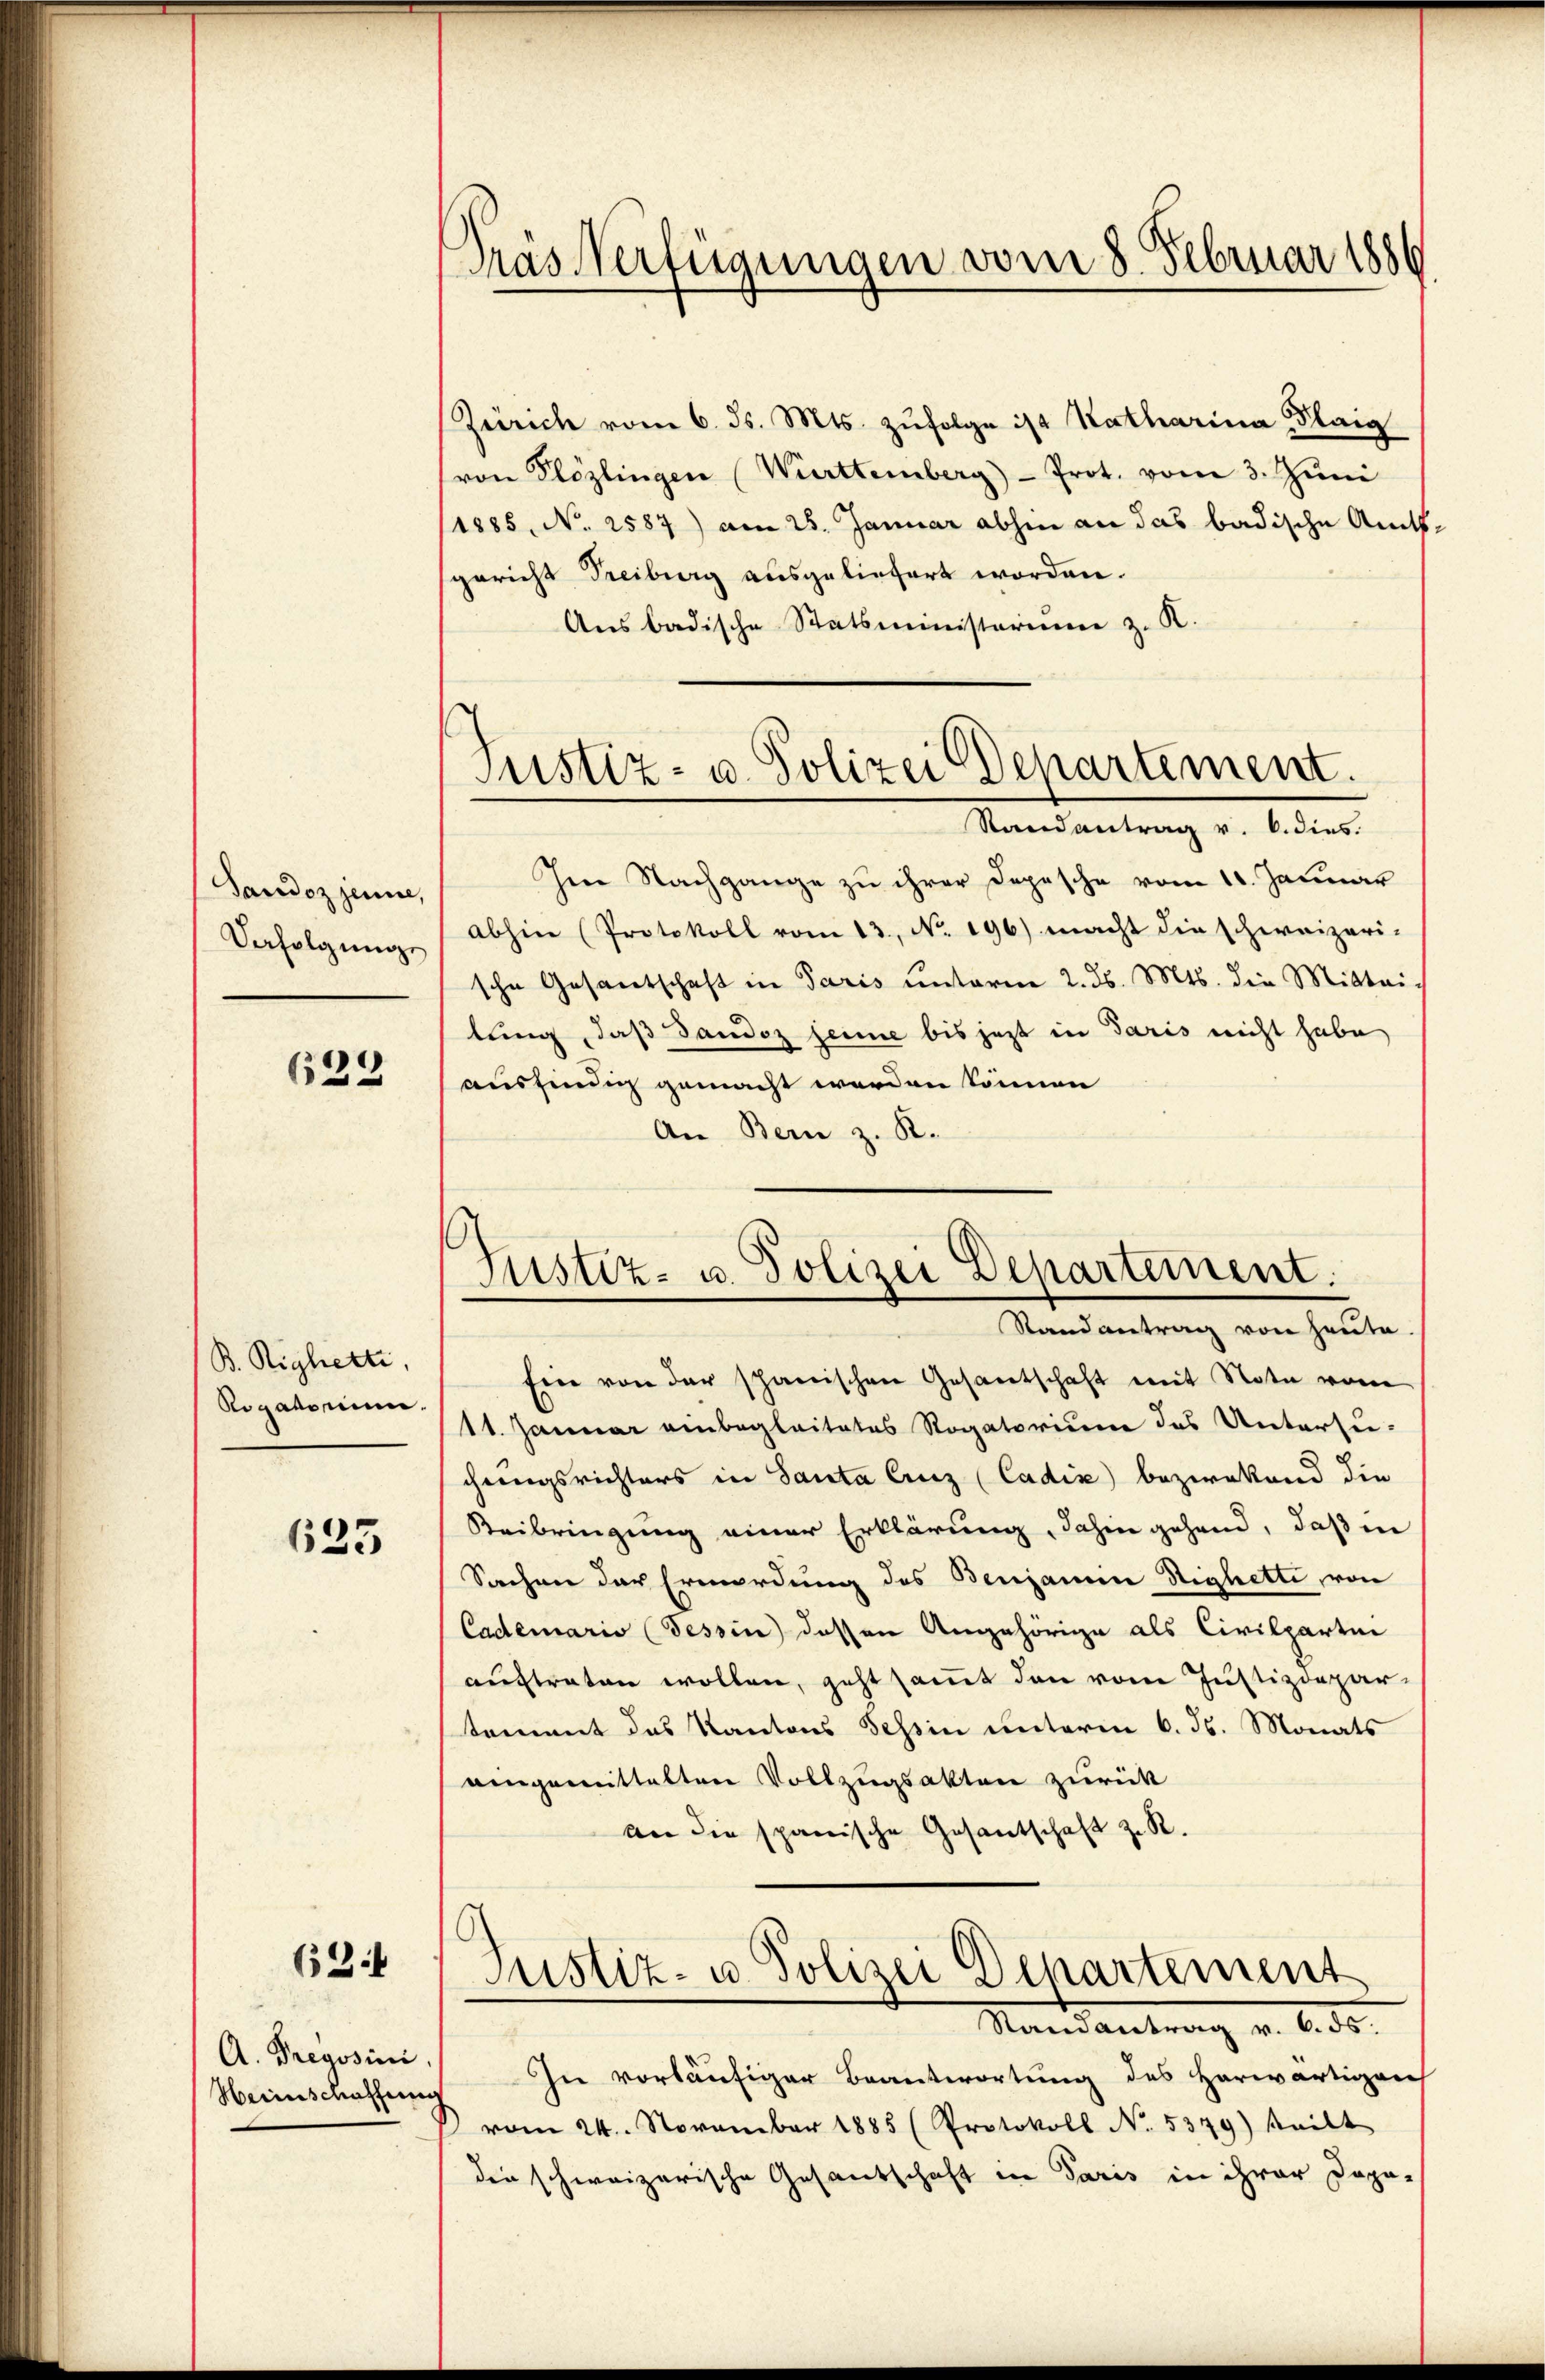
Saudoz jeune,
Verfolgung

628

B. Righetti,
Rogatorium

625

63.

A. Preyssini
Heinschaffung

Gräs Verfügungen vom 8. Februar 1886

Zürich vom 6. ds. Mts. zŭfolge ist Katharina Blaig
von Plözlingen Württemberg - Prot. vom 3. Juni
/1885, No. 2587) am 28. Januar abhin an das badische Amtsgericht Freiburg ausgeliefert worden.
Ansbadische Statsministerium z. K.

Justiz- u. Polizei Departement.
Randantrag v. 6. dies

Justiz- u. Polizei Departement.
Randantrag von heute.

Im Nachgange zu ihrer Depesche vom 11. Januar
abhin (Protokoll vom 13. No. 196) macht die schweizeri-
sche Gesantschaft in Paris ŭnterm 2. ds. Mts. die Mittei-
lung, daß dandoz seine bis jezt in Paris nicht habe
ausfindig gemacht werden können
An Bern z. R.
Ein von der schanischen Gesantschaft mit Note vom
11. Januar einbegleitetes Rogatorium das Untersuchungsrichters in Santa linz (Cadix) bezwekend die
Beibringung einer Erklärung, dahin gehend, daß in
Sachen der Ermordung des Benjamine Stighetti, von
Cademario (Tessin dessen Angehörige als Civilpartin
auftraten wollen, geht samt den vom Justizdepartoment das Kantons Tessin unterm 6. ds. Monats
aigemittelten Vollzugsakten zurück
an die spanische Gesantschaft z. R.
Justiz- u. Polizei Departement
Mandantrag v. 6. ds.
In vorläufiger Beantwortung des herwärtigen
vom 24. November 1885 (Protokoll No. 5379) teilt
den schweizerische Gesandschaft in Paris in ihrer Dopa-